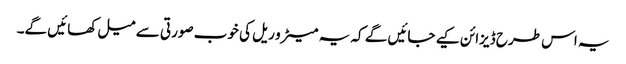
یہ اس طرح ڈیزائن کیے جائیں گے کہ یہ میٹرو ریل کی خوب صورتی سے میل کھائیں گے۔